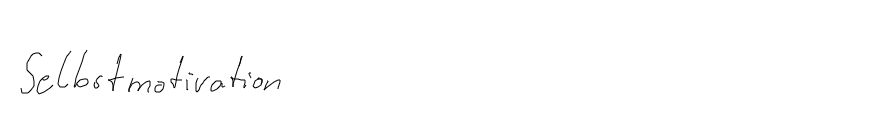
Selbstmotivation